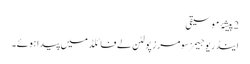
2 پیشۂِ موسیقی
اینڈریو جیمز سومرز پولٹن لے فائلڈ میں پیدا ہوئے۔